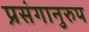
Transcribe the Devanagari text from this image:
प्रसंगानुरुप